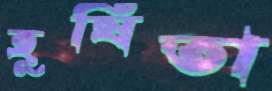
হূষিতা